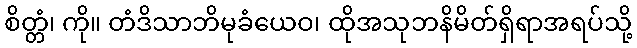
စိတ္တံ၊ ကို။ တံဒိသာဘိမုခံယေဝ၊ ထိုအသုဘနိမိတ်ရှိရာအရပ်သို့